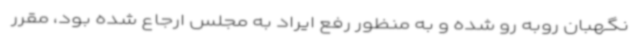
نگهبان روبه رو شده و به منظور رفع ایراد به مجلس ارجاع شده بود، مقرر